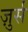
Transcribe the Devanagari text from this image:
ज़ुर्स